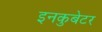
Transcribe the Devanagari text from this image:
इनकुबेटर